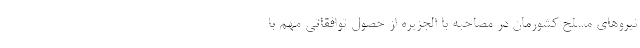
نیروهای مسلح کشورمان در مصاحبه با الجزیره از حصول توافقاتی مهم با